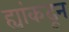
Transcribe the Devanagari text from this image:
ह्यांकढून